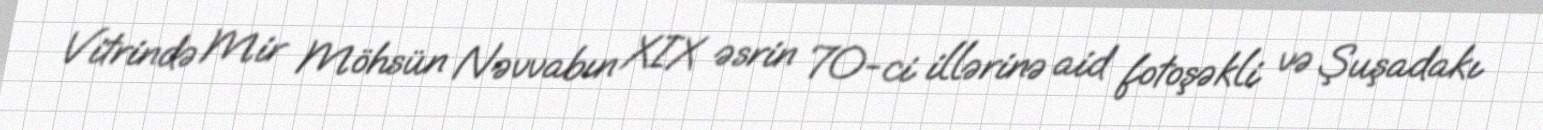
Vitrində Mir Möhsün Nəvvabın XIX əsrin 70-ci illərinə aid fotoşəkli və Şuşadakı